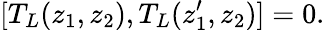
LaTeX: [T_{L}(z_{1},z_{2}),T_{L}(z_{1}^{\prime},z_{2})]=0.